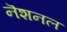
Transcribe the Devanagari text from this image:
नॆशनल